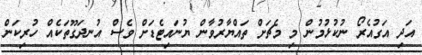
އަދި އަގުއެރޯ ނުކުޅުމުން މި މެޗަށް ތައްޔާރުވާން ޔުނައިޓެޑަށް ވެސް އުނދަގޫތަކެއް ހުރިކަން